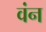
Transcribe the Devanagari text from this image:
वंन